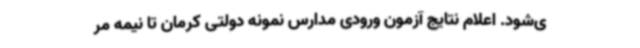
ی‌شود. اعلام نتایج آزمون ورودی مدارس نمونه دولتی کرمان تا نیمه مر